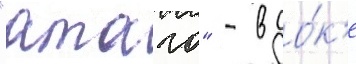
"атаго" - в до́к'е